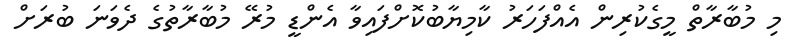
މި މުބާރާތް މީގެކުރިން އެއްފަހަރު ކާމިޔާބުކޮށްފައިވާ އެންޑީ މުރޭ މުބާރާތުގެ ދެވަނަ ބުރަށް